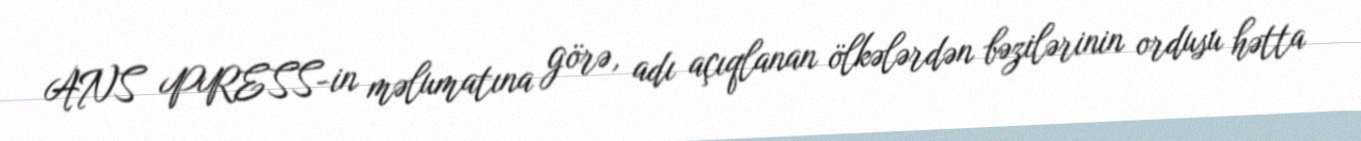
ANS PRESS-in məlumatına görə, adı açıqlanan ölkələrdən bəzilərinin ordusu hətta